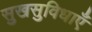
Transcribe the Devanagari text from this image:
सुखसुविधाएँ